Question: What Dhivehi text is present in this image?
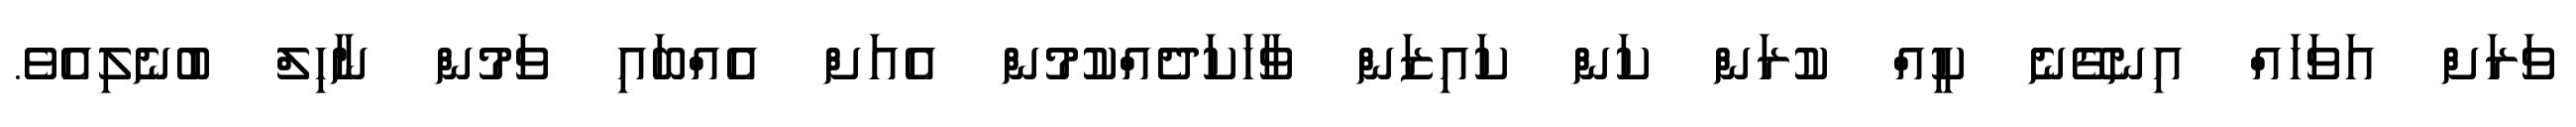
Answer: ވަރަށް އަވަހައް އިނގޭނެ ކީއް ކުރަން ކަން ކައިޒަން ވާހަކަދެއްކުމުން އެއަށް އެއްބައި ވަމުން ނާހިލް ބުނެލިއެވެ.